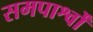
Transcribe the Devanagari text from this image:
समपार्श्वों